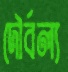
দৌর্বল্য